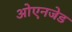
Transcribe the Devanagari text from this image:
ओएनजेड